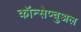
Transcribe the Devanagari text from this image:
कॉन्सेप्चुअल